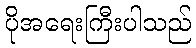
ပိုအရေးကြီးပါသည်